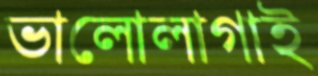
ভালোলাগাই